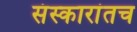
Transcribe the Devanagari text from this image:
संस्कारांतच